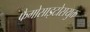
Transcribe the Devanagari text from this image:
फैगोसाइटोसयुक्त